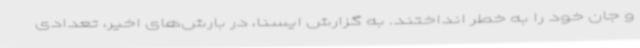
و جان خود را به خطر انداختند. به گزارش ایسنا، در بارش‌های اخیر، تعدادی